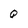
Character: Q